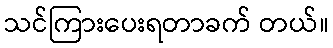
သင်ကြားပေးရတာခက် တယ်။